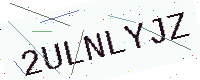
Text: 2ULNLYJZ